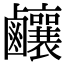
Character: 𪊊